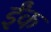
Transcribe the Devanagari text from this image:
ईंक